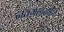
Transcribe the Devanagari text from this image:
नवग्रहांसहित